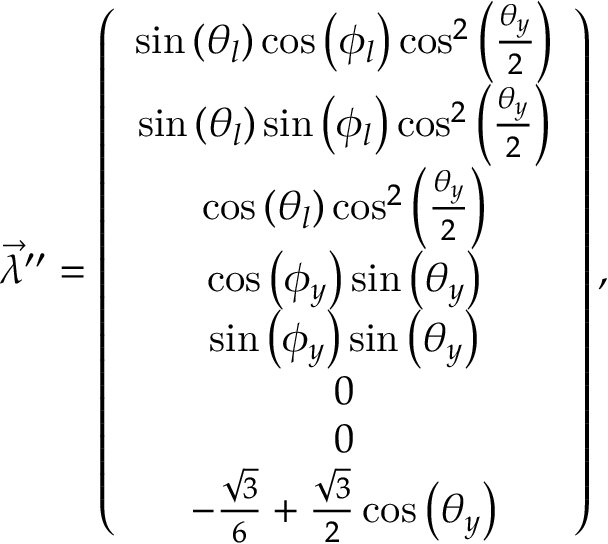
\begin{array} { r } { \overrightarrow { \lambda } ^ { \prime \prime } = \left( \begin{array} { c } { \sin \left( \theta _ { l } \right) \cos \left( \phi _ { l } \right) \cos ^ { 2 } \left( \frac { \theta _ { y } } { 2 } \right) } \\ { \sin \left( \theta _ { l } \right) \sin \left( \phi _ { l } \right) \cos ^ { 2 } \left( \frac { \theta _ { y } } { 2 } \right) } \\ { \cos \left( \theta _ { l } \right) \cos ^ { 2 } \left( \frac { \theta _ { y } } { 2 } \right) } \\ { \cos \left( \phi _ { y } \right) \sin \left( \theta _ { y } \right) } \\ { \sin \left( \phi _ { y } \right) \sin \left( \theta _ { y } \right) } \\ { 0 } \\ { 0 } \\ { - \frac { \sqrt { 3 } } { 6 } + \frac { \sqrt { 3 } } { 2 } \cos \left( \theta _ { y } \right) } \end{array} \right) , } \end{array}